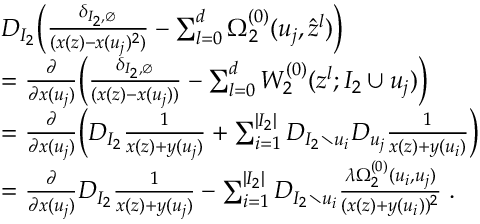
\begin{array} { r l } & { D _ { I _ { 2 } } \Big ( \frac { \delta _ { I _ { 2 } , \emptyset } } { ( x ( z ) - x ( u _ { j } ) ^ { 2 } ) } - \sum _ { l = 0 } ^ { d } \Omega _ { 2 } ^ { ( 0 ) } ( u _ { j } , \hat { z } ^ { l } ) \Big ) } \\ & { = \frac { \partial } { \partial x ( u _ { j } ) } \Big ( \frac { \delta _ { I _ { 2 } , \emptyset } } { ( x ( z ) - x ( u _ { j } ) ) } - \sum _ { l = 0 } ^ { d } W _ { 2 } ^ { ( 0 ) } ( z ^ { l } ; I _ { 2 } \cup u _ { j } ) \Big ) } \\ & { = \frac { \partial } { \partial x ( u _ { j } ) } \Big ( D _ { I _ { 2 } } \frac { 1 } { x ( z ) + y ( u _ { j } ) } + \sum _ { i = 1 } ^ { | I _ { 2 } | } D _ { I _ { 2 } \setminus u _ { i } } D _ { u _ { j } } \frac { 1 } { x ( z ) + y ( u _ { i } ) } \Big ) } \\ & { = \frac { \partial } { \partial x ( u _ { j } ) } D _ { I _ { 2 } } \frac { 1 } { x ( z ) + y ( u _ { j } ) } - \sum _ { i = 1 } ^ { | I _ { 2 } | } D _ { I _ { 2 } \setminus u _ { i } } \frac { \lambda \Omega _ { 2 } ^ { ( 0 ) } ( u _ { i } , u _ { j } ) } { ( x ( z ) + y ( u _ { i } ) ) ^ { 2 } } \; . } \end{array}